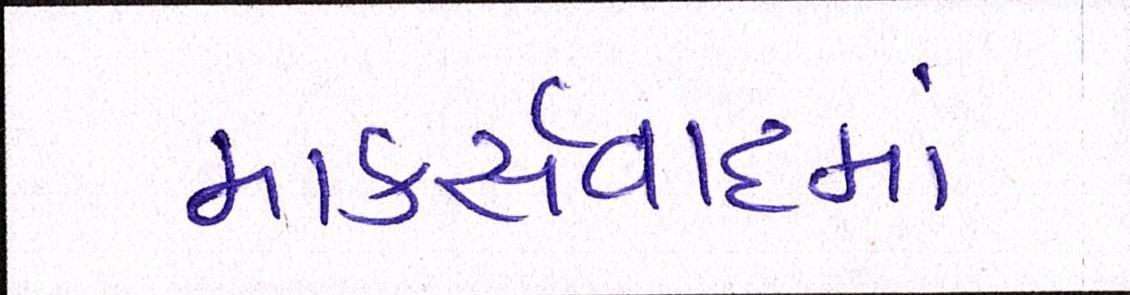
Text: માર્ક્સવાદમાં